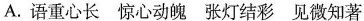
A.语重心长 惊心动魄 张灯结彩 见微知著